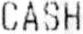
CASH